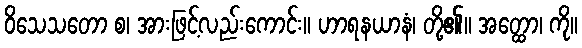
ဝိသေသတော စ၊ အားဖြင့်လည်းကောင်း။ ဟာရနယာနံ၊ တို့၏။ အတ္ထော၊ ကို။